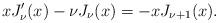
LaTeX: \begin{align*}x J_{\nu}^{\prime}(x)-\nu J_{\nu}(x)=-x J_{\nu+1}(x).\end{align*}